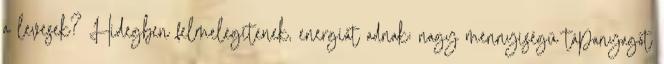
a levesek? Hidegben felmelegítenek, energiát adnak; nagy mennyiségű tápanyagot